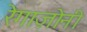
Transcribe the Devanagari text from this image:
रेगाज़ोनी